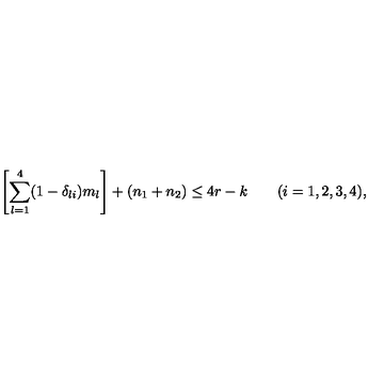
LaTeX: \left[ \sum _ { l = 1 } ^ { 4 } ( 1 - \delta _ { l i } ) m _ { l } \right] + ( n _ { 1 } + n _ { 2 } ) \le 4 r - k \qquad ( i = 1 , 2 , 3 , 4 ) ,